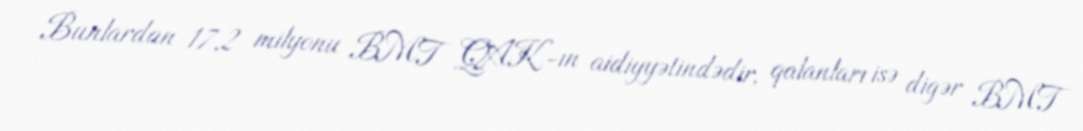
Bunlardan 17,2 milyonu BMT QAK-ın aidiyyətindədir, qalanları isə digər BMT